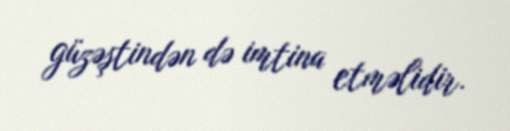
güzəştindən də imtina etməlidir.